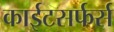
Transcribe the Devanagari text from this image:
काईटसर्फर्स